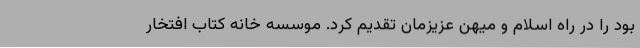
بود را در راه اسلام و میهن عزیزمان تقدیم کرد. موسسه خانه کتاب افتخار